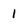
Character: 1